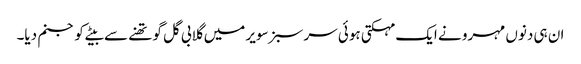
ان ہی دنوں مہرو نے ایک مہکتی ہوئی سر سبز سویر میں گلابی گل گو تھنے سے بیٹے کو جنم دیا۔